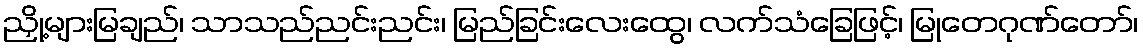
ညှို့များမြချည်၊ သာသည်ညင်းညင်း၊ မြည်ခြင်းလေးထွေ၊ လက်သံခြေဖြင့်၊ မြုတေဂုဏ်တော်၊